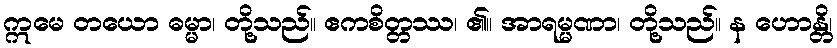
ဣမေ တယော ဓမ္မာ၊ တို့သည်။ ဧကစိတ္တဿ၊ ၏။ အာရမ္မဏာ၊ တို့သည်။ န ဟောန္တိ၊